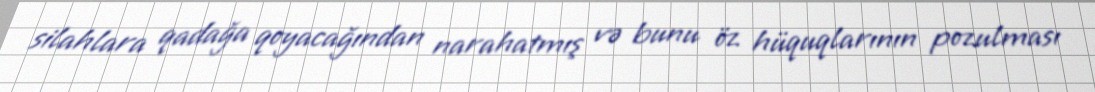
silahlara qadağa qoyacağından narahatmış və bunu öz hüquqlarının pozulması